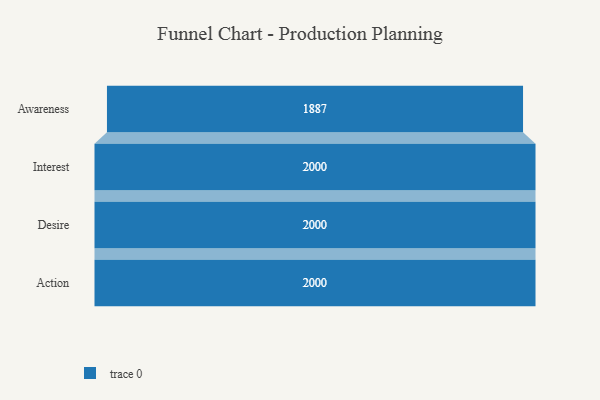
{"axis": {"x": "Stage", "y": "Value"}, "legend": [""], "data": [{"x": "Awareness", "y": 1887.0, "type": ""}, {"x": "Interest", "y": 2000, "type": ""}, {"x": "Desire", "y": 2000, "type": ""}, {"x": "Action", "y": 2000, "type": ""}]}